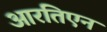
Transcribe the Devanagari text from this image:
आरतिएन